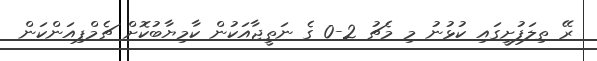
ރޭ ތިލަފުށީގައި ކުޅުނު މި މެޗު 2-0 ގެ ނަތީޖާއަކުން ކާމިޔާބުކޮށް ޗެމްޕިއަންކަން